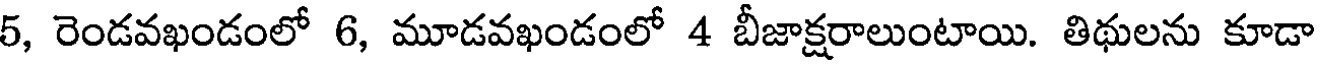
5, రెండవఖండంలో 6, మూడవఖండంలో 4 బీజాక్షరాలుంటాయి. తిథులను కూడా